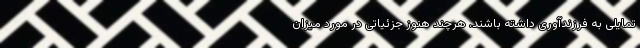
تمایلی به فرزندآوری داشته باشند. هرچند هنوز جزئیاتی در مورد میزان